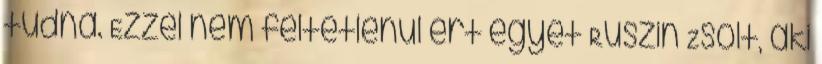
tudná. Ezzel nem feltétlenül ért egyet Ruszin Zsolt, aki